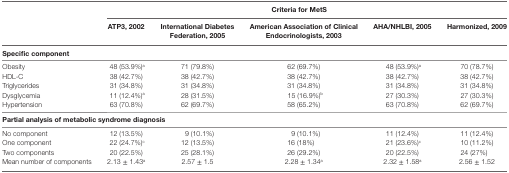
| <ROWSPAN=2>  | <COLSPAN=5> Criteria for MetS |
 | ATP3, 2002 | International Diabetes Federation, 2005 | American Association of Clinical Endocrinologists, 2003 | AHA/NHLBI, 2005 | Harmonized, 2009 |
 | --- | --- | --- | --- | --- | --- |
 | <COLSPAN=6> Specific component |
 | Obesity | 48 (53.9%)a | 71 (79.8%) | 62 (69.7%) | 48 (53.9%)a | 70 (78.7%) |
 | HDL-C | 38 (42.7%) | 38 (42.7%) | 38 (42.7%) | 38 (42.7%) | 38 (42.7%) |
 | Triglycerides | 31 (34.8%) | 31 (34.8%) | 31 (34.8%) | 31 (34.8%) | 31 (34.8%) |
 | Dysglycemia | 11 (12.4%)a | 28 (31.5%) | 15 (16.9%)b | 27 (30.3%) | 27 (30.3%) |
 | Hypertension | 63 (70.8%) | 62 (69.7%) | 58 (65.2%) | 63 (70.8%) | 62 (69.7%) |
 | <COLSPAN=6> Partial analysis of metabolic syndrome diagnosis |
 | No component | 12 (13.5%) | 9 (10.1%) | 9 (10.1%) | 11 (12.4%) | 11 (12.4%) |
 | One component | 22 (24.7%)c | 12 (13.5%) | 16 (18%) | 21 (23.6%)c | 10 (11.2%) |
 | Two components | 20 (22.5%) | 25 (28.1%) | 26 (29.2%) | 20 (22.5%) | 24 (27%) |
 | Mean number of components | 2.13 ± 1.43a | 2.57 ± 1.5 | 2.28 ± 1.34a | 2.32 ± 1.58a | 2.56 ± 1.52 |